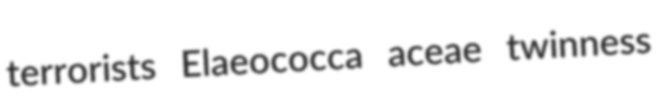
terrorists Elaeococca aceae twinness